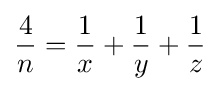
{\frac {4}{n}}={\frac {1}{x}}+{\frac {1}{y}}+{\frac {1}{z}}